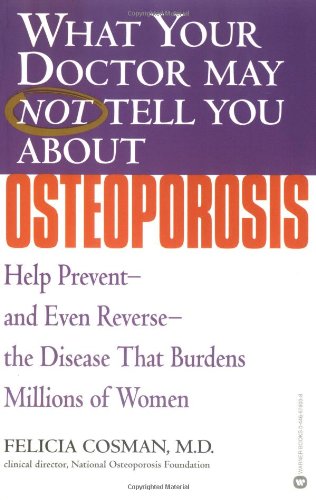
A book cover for What Your Doctor May Not Tell You About(TM): Osteoporosis: Help Prevent--and Even Reverse--the Disease That Burdens Millions of Women; Felicia Cosman; Health, Fitness & Dieting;